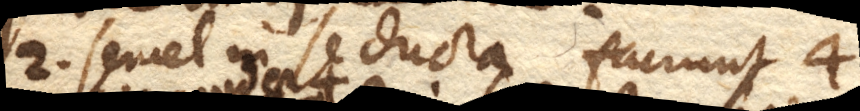
2. semel in se ducta faciunt 4